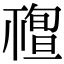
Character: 𥛠